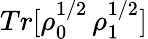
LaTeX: Tr[\rho_{0}^{1/2}\, \rho_{1}^{1/2}]